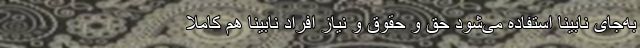
به‌جای نابینا استفاده‌ می‌شود حق‌ و حقوق و نیاز افراد نابینا هم کاملاً